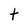
Character: t